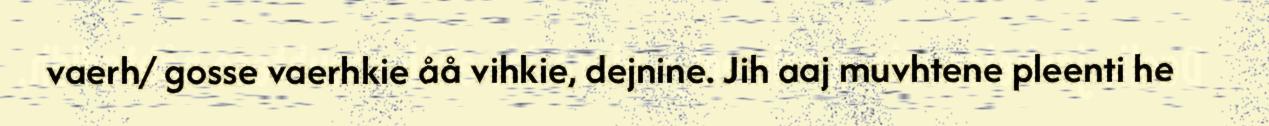
vaerh/ gosse vaerhkie åå vihkie, dejnine. Jih aaj muvhtene pleenti he